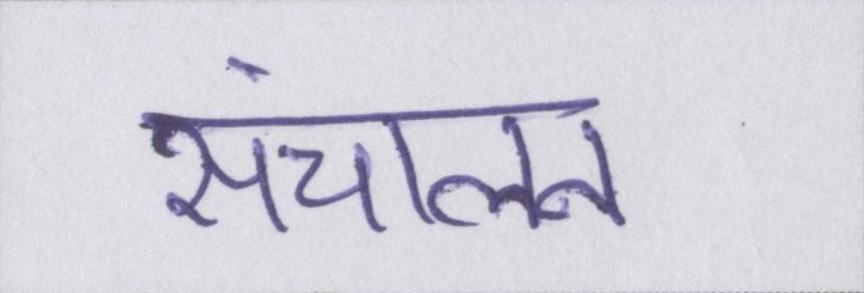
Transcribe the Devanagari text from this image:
संचालन